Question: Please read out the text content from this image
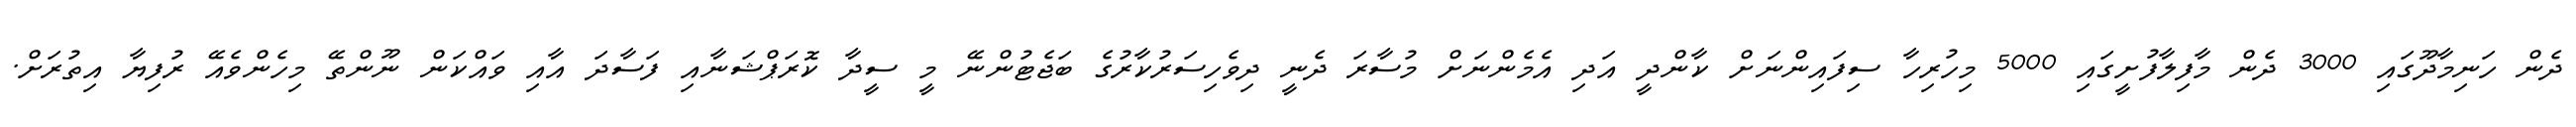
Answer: ދެން ހަނިމާދޫގައި 3000 ދެން މާފިލާފުށީގައި 5000 މިހުރިހާ ސިފައިންނަށް ކާންދީ އަދި އެމެންނަށް މުސާރަ ދެނީ ދިވެހިސަރުކާރުގެ ބަޖެޓުންނޭ މީ ސީދާ ކޮރަޕްޝަނާއި ފަސާދަ އާއި ވައްކަން ނޫންތޭ މިހެންވެއޭ ރުފިޔާ އިތުރަށް.